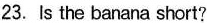
23. Is the banana short?